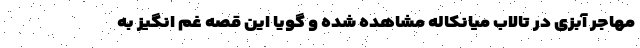
مهاجر آبزی در تالاب میانکاله مشاهده شده و گویا این قصه غم انگیز به